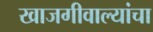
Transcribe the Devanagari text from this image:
खाजगीवाल्यांचा